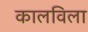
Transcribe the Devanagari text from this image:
कालविला